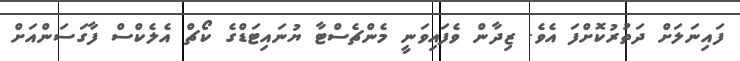
ފައިނަލަށް ދަތުރުކޮށްފަ އެވެ. ޒިދާން ވެފައިވަނީ މެންޗެސްޓާ ޔުނައިޓަޑްގެ ކޯޗް އެލެކްސް ފާގަސަންއަށް